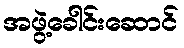
အဖွဲ့ခေါင်းဆောင်